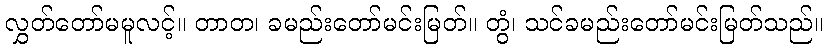
လွှတ်တော်မမူလင့်။ တာတ၊ ခမည်းတော်မင်းမြတ်။ တွံ၊ သင်ခမည်းတော်မင်းမြတ်သည်။